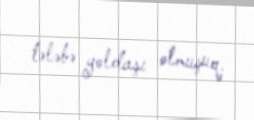
tələbə yoldaşı olmuşuq.